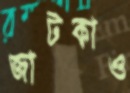
জাটকাও